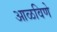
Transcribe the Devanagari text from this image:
आळविणे